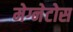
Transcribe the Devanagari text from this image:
मेग्नेटोस